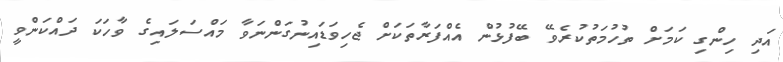
އަދި ހިންގި ކަމަށް ތުހުމަތުކުރެވޭ ބޭފުޅުން އެއްފަރާތަކަށް ޖެހިވަޑައިނުގަންނަވާ މައްސަލައިގެ ވާހަކަ ދައްކަންވީ